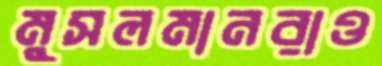
মুসলমানরাও